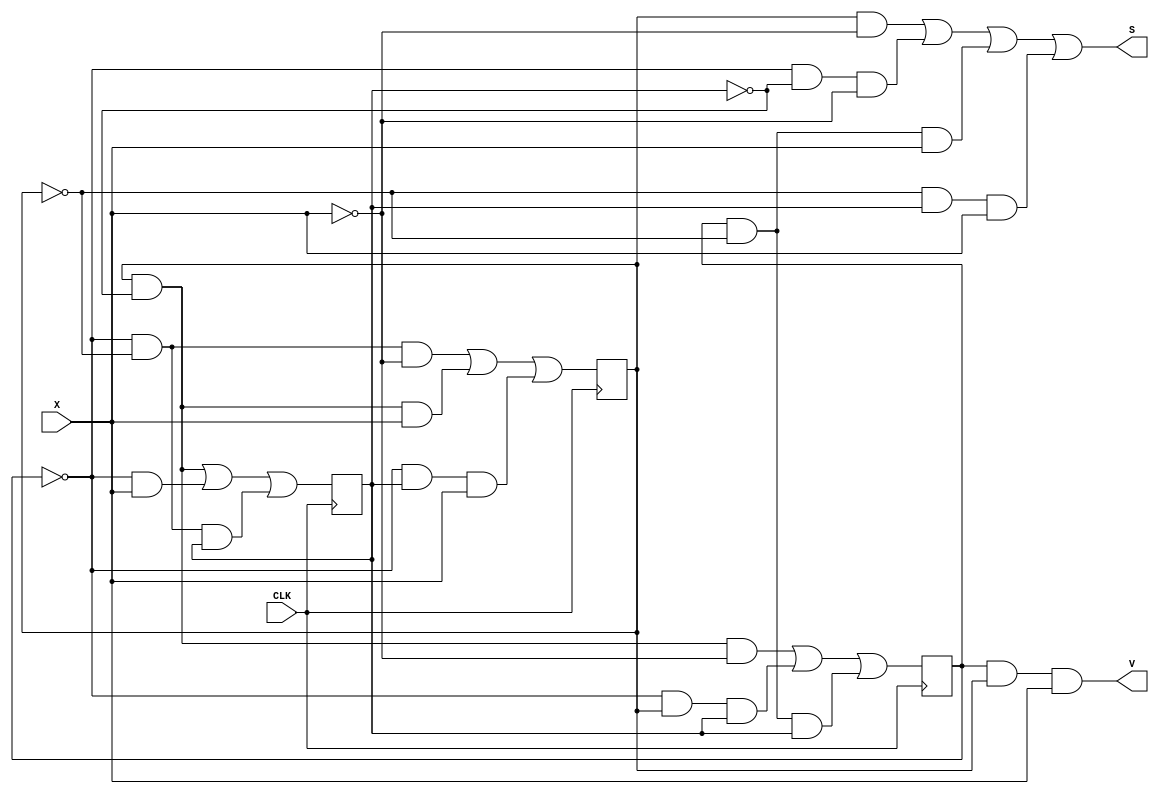
module Excess3DataFlow(X, CLK, S, V);
input X, CLK;
output S, V;

reg Q1;
reg Q2;
reg Q3;

initial
begin
Q1 = 0; 
Q2 = 0;
Q3 = 0; 
end

always @(negedge CLK)
begin
Q1 <= (Q2 & ~Q1) | (~Q3 & X) | (~Q3 & ~Q2 & Q1);
Q2 <= (~Q3 & ~Q2 & ~X) | (Q2 & ~Q1 & X) | (~Q3 & Q1 & X);
Q3 <= (Q2 & ~Q1 & ~X) | (~Q3 & Q2 & Q1) | (Q3 & ~Q2 & Q1);
end

assign S = (Q2 & ~X) | (~Q3 & ~Q1 & ~X) | (Q3 & ~Q2 & X) | (~Q2 & Q1 & X);
assign V = Q3 & Q2 & X;
endmodule